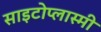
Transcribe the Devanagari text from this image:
साइटोप्लास्मी